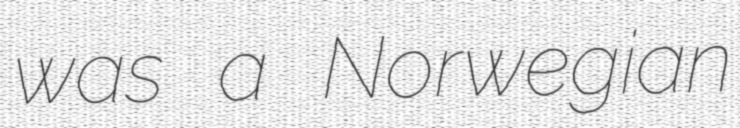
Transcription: was a Norwegian